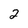
Character: 2